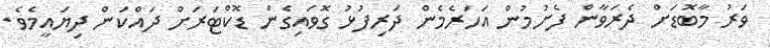
ވަރު މާބޮޑަށް ދެރަވާން ފެށުމުން އަހަރެމެން ދަރިފުޅު ގޮވައިގެން ޑޮކްޓަރަށް ދައްކަން ދިޔައީމެވެ.